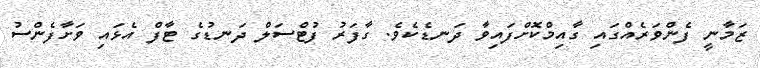
ޒަމާނީ ފެންވަރެއްގައި ގާއިމްކޮށްފައިވާ ދަނޑެކެވެ. ގާފަރު ފުޓްސަލް ދަނޑުގެ ޓާފް އެޅައި ވަށާފެންސު